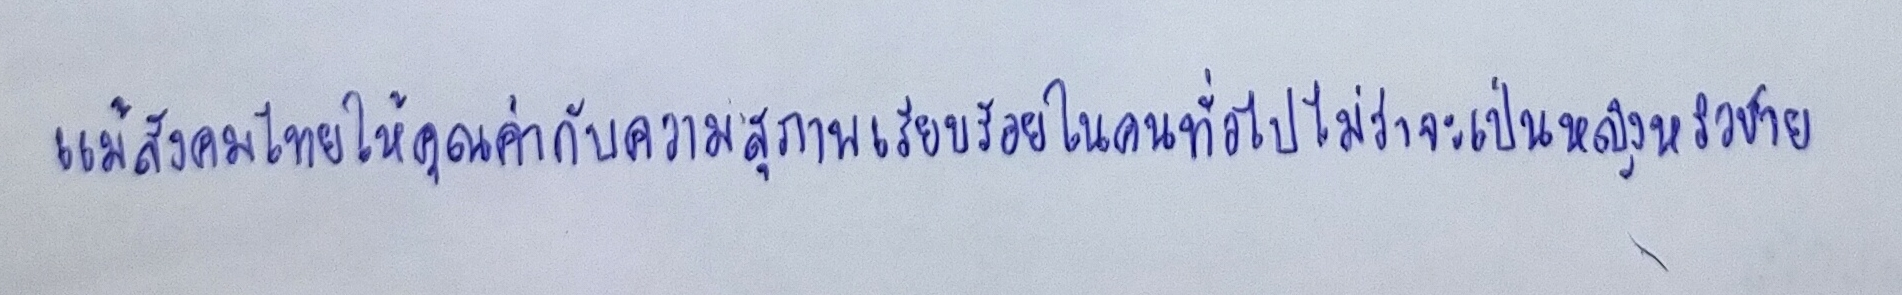
แม้สังคมไทยให้คุณค่ากับความสุภาพเรียบร้อยในคนทั่วไปไม่ว่าจะเป็นหญิงหรือชาย